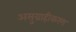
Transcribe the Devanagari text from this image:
असुग्राहीकरण